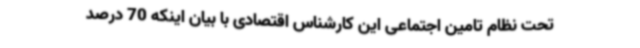
تحت نظام تامین اجتماعی این کارشناس اقتصادی با بیان اینکه 70 درصد